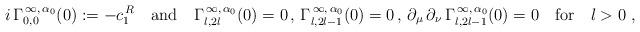
LaTeX: \begin{align*}i\,\Gamma_{0,0}^{\,\infty,\,\alpha_{0}}(0):=-c_{1}^{\,R}\quad\mbox{and}\quad\Gamma_{l,2l}^{\,\infty,\,\alpha_{0}}(0)=0\,,\,\Gamma_{l,2l-1}^{\,\infty,\,\alpha_{0}}(0)=0\,,\,\partial_{\mu}\,\partial_{\nu}\,\Gamma_{l,2l-1}^{\,\infty,\,\alpha_{0}}(0)=0\quad\mbox{for}\quad l>0\ ,\end{align*}